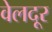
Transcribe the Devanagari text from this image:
वेलदूर